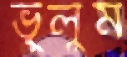
ভুলুম